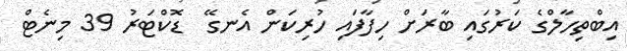
އިބްތިހާލްގެ ކަރުގައި ބާރަށް ހިފާފައި ހުރިކަން އެނގޭ  ޑޮކްޓަރު 39 މިނެޓް